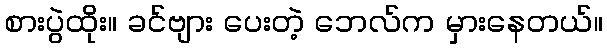
စားပွဲထိုး။ ခင်ဗျား ပေးတဲ့ ဘေလ်က မှားနေတယ်။